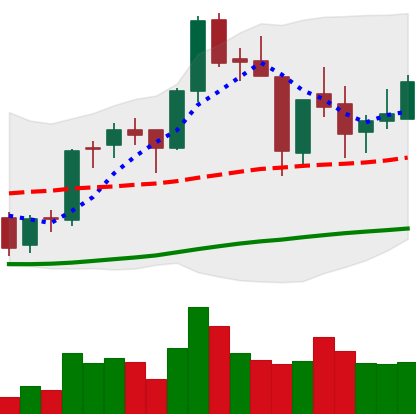
Ticker: BNB-USD
Chart end date: 2018-06-16
Forward return: 7.87%
Label: up_7plus